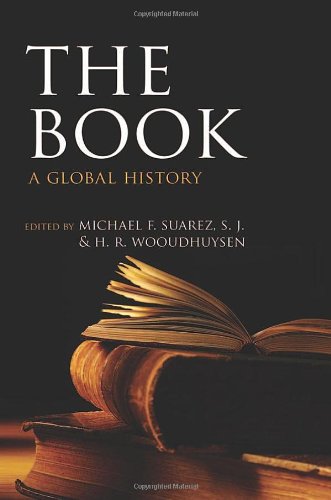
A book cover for The Book: A Global History; Michael F. Suarez  S.J.; Literature & Fiction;